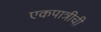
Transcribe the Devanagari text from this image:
एकपात्रीची